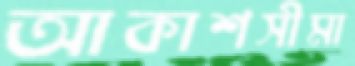
আকাশসীমা